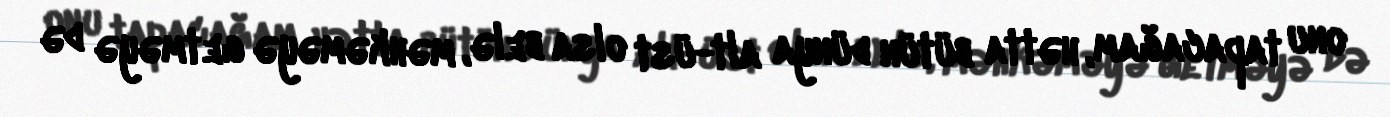
onu tapacağam, hətta bütün dünya alt-üst olsa belə, məhkəməyə getməyə də